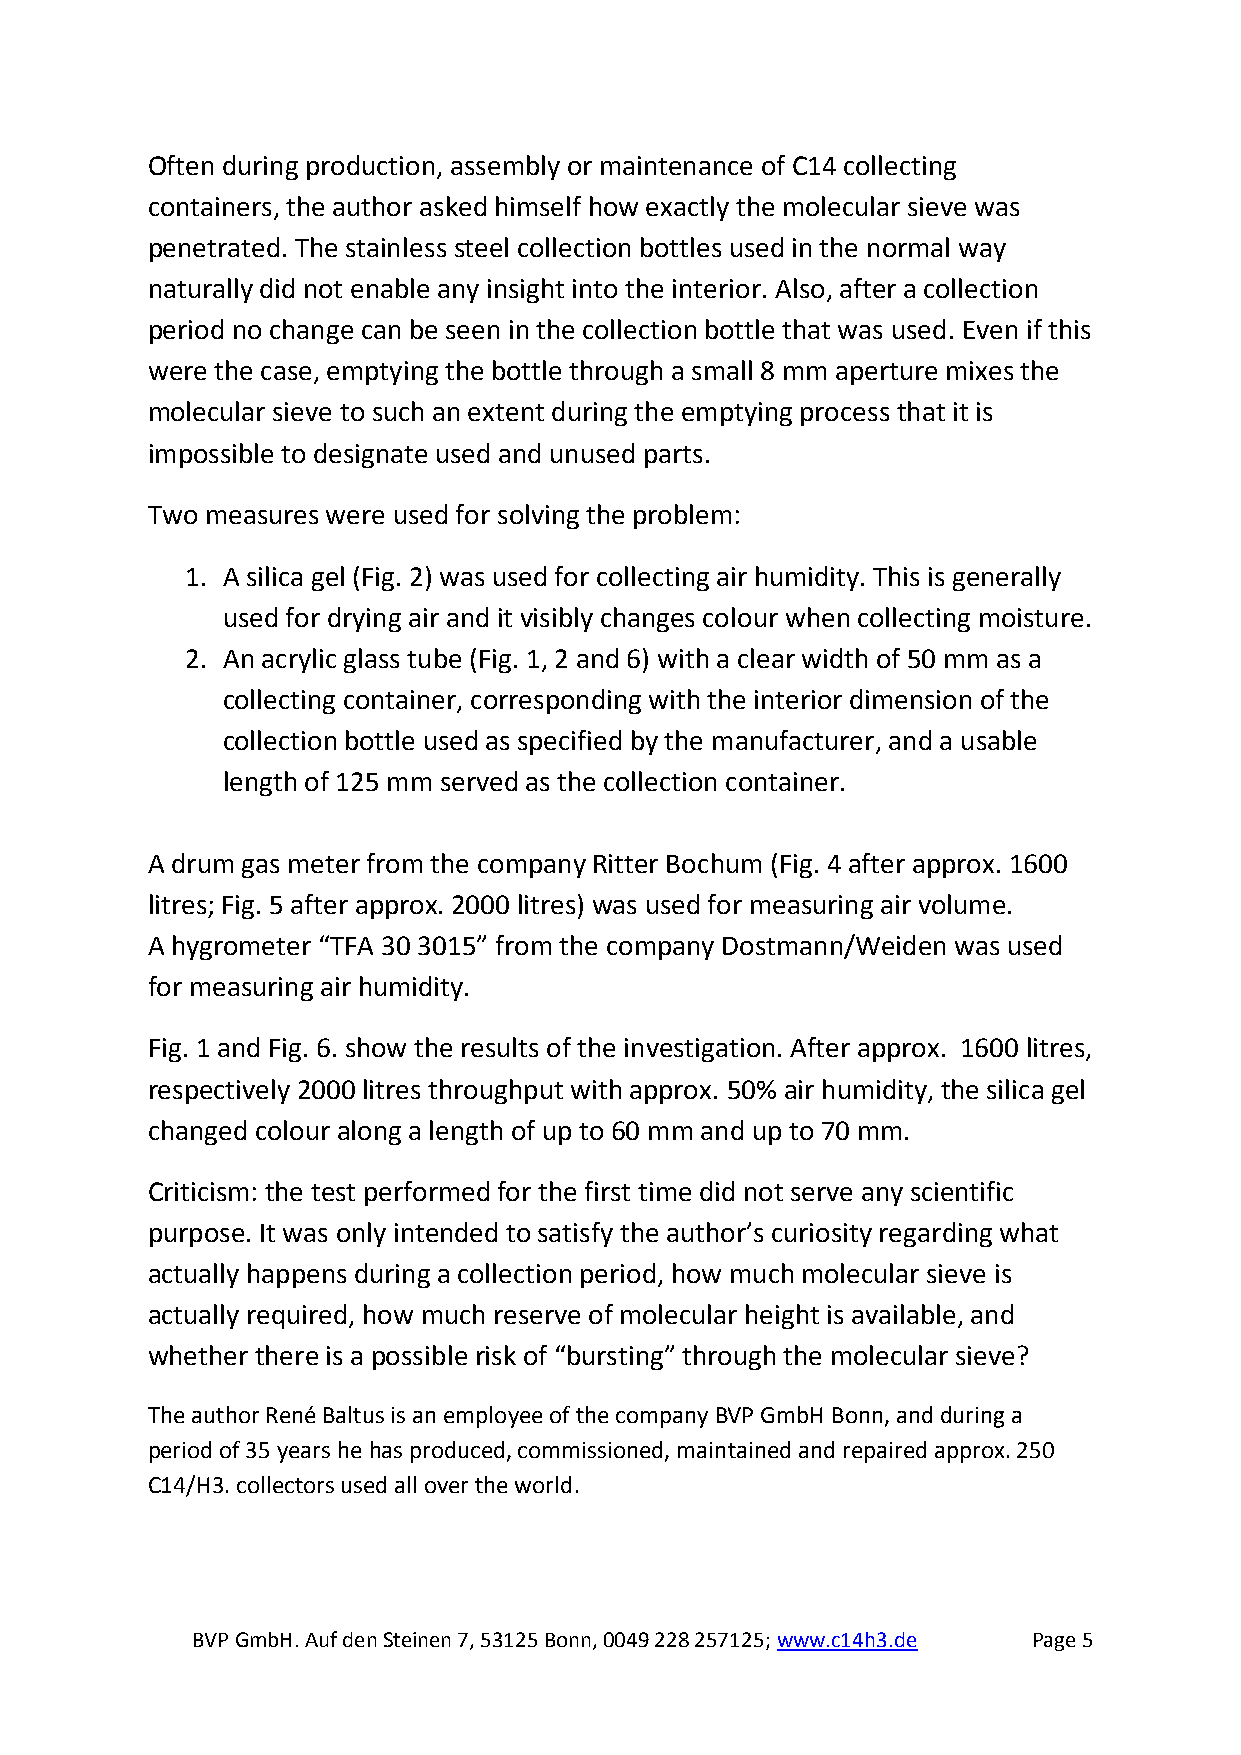
Often during production, assembly or maintenance of C14 collecting
 containers, the author asked himself how exactly the molecular sieve was
 penetrated. The stainless steel collection bottles used in the normal way
 naturally did not enable any insight into the interior. Also, after a collection
 period no change can be seen in the collection bottle that was used. Even if this
 were the case, emptying the bottle through a small 8 mm aperture mixes the
 molecular sieve to such an extent during the emptying process that it is
 impossible to designate used and unused parts.
 Two measures were used for solving the problem:
 1. A silica gel (Fig. 2) was used for collecting air humidity. This is generally
 used for drying air and it visibly changes colour when collecting moisture.
 2. An acrylic glass tube (Fig. 1, 2 and 6) with a clear width of 50 mm as a
 collecting container, corresponding with the interior dimension of the
 collection bottle used as specified by the manufacturer, and a usable
 length of 125 mm served as the collection container.
 A drum gas meter from the company Ritter Bochum (Fig. 4 after approx. 1600
 litres; Fig. 5 after approx. 2000 litres) was used for measuring air volume.
 A hygrometer “TFA 30 3015” from the company Dostmann/Weiden was used
 for measuring air humidity.
 Fig. 1 and Fig. 6. show the results of the investigation. After approx. 1600 litres,
 respectively 2000 litres throughput with approx. 50% air humidity, the silica gel
 changed colour along a length of up to 60 mm and up to 70 mm.
 Criticism: the test performed for the first time did not serve any scientific
 purpose. It was only intended to satisfy the author’s curiosity regarding what
 actually happens during a collection period, how much molecular sieve is
 actually required, how much reserve of molecular height is available, and
 whether there is a possible risk of “bursting” through the molecular sieve?
 The author René Baltus is an employee of the company BVP GmbH Bonn, and during a
 period of 35 years he has produced, commissioned, maintained and repaired approx. 250
 C14/H3. collectors used all over the world.
 BVP GmbH. Auf den Steinen 7, 53125 Bonn, 0049 228 257125; www.c14h3.de Page 5